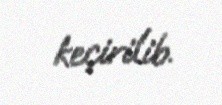
keçirilib.